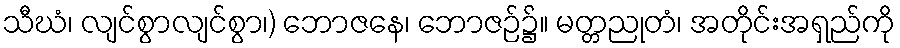
သီဃံ၊ လျင်စွာလျင်စွာ၊) ဘောဇနေ၊ ဘောဇဉ်၌။ မတ္တညုတံ၊ အတိုင်းအရှည်ကို